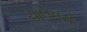
ચાલનનો